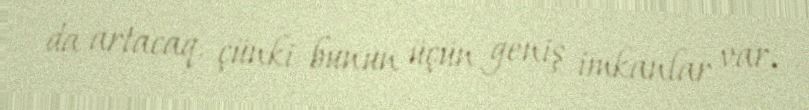
da artacaq, çünki bunun üçün geniş imkanlar var.